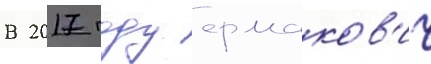
В 2017 году ермаков'ич